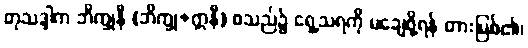
တုသဒ္ဒါက ဘိက္ခုနီ (ဘိက္ခု+ဣနီ) စသည်၌ ရှေ့သရကို မချေဖို့ရန် တားမြစ်၏၊